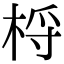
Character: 㭩